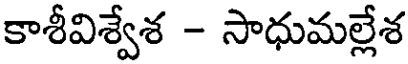
కాశీవిశ్వేశ - సాధుమల్లేశ